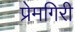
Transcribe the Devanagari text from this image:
प्रेमगिरी